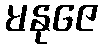
မနုဇေ